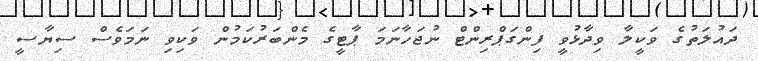
ދައުލަތުގެ ވަކީލާ ވިދާޅުވީ ފިންގަޕްރިންޓް ނުޖަހާނަމަ ޕާޓީގެ މެންބަރުކަމުން ވަކިވި ނަމަވެސް ސިޔާސީ